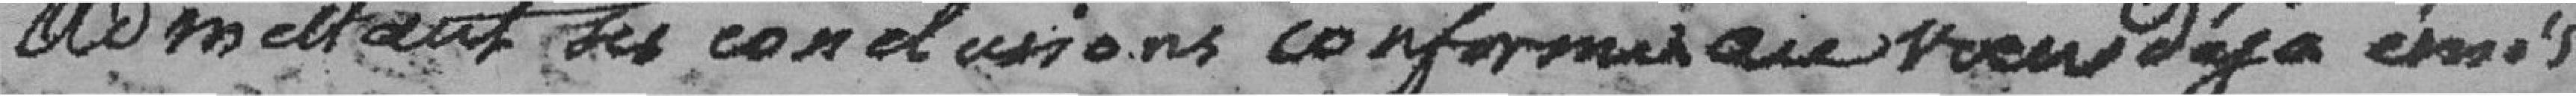
Admettait des conclusions conformes au voeu déjà émis